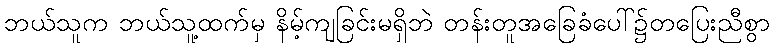
ဘယ်သူက ဘယ်သူ့ထက်မှ နိမ့်ကျခြင်းမရှိဘဲ တန်းတူအခြေခံပေါ်၌တပြေးညီစွာ